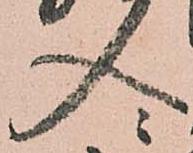
入